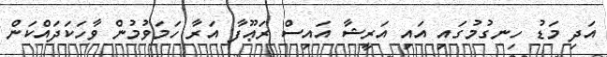
އަދި މަޑު ހިނގުމުގައި އައި އަރީޝާ އައިސް ރަޢޫފާ އަރާ ހަމަވުމުން ވާހަކަދައްކަން